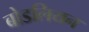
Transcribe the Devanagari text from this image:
बोडलियन